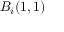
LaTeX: B _ { i } ( 1 , 1 )